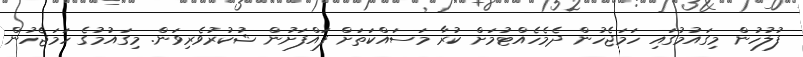
ފުލުހުން މިގައުމުގައި ހަމަޖެހުން ދެމެހެއްޓުމަށް ކުރާ މަސައްކަތަށް ފައްފަށުން ޝުކުރުވެރިވަން. މިގައުމުގެ ހަމަޖެހުން